Rangoon Lunatic Asylum 1878-1892 - 1878-1892
Year: 1878
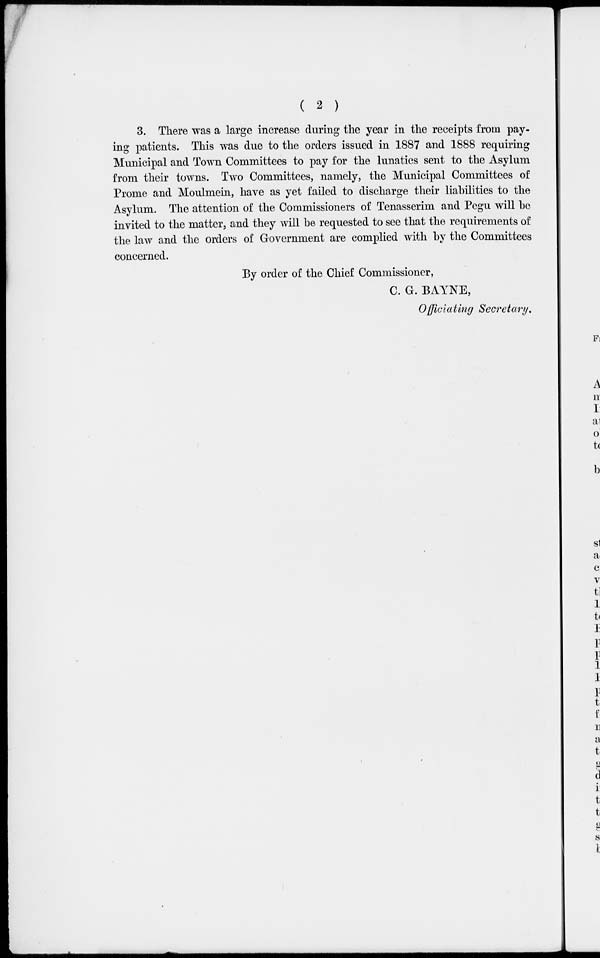
( 2 )
3. There was a large increase during the year in the receipts from pay-
ing patients. This was due to the orders issued in 1887 and 1888 requiring
Municipal and Town Committees to pay for the lunatics sent to the Asylum
from their towns. Two Committees, namely, the Municipal Committees of
Prome and Moulmein, have as yet failed to discharge their liabilities to the
Asylum. The attention of the Commissioners of Tenasserim and Pegu will be
invited to the matter, and they will be requested to see that the requirements of
the law and the orders of Government are complied with by the Committees
concerned.
By order of the Chief Commissioner,
C. G. BAYNE,
Officiating Secretary.